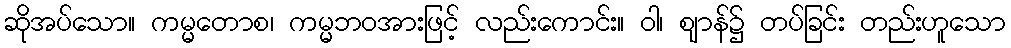
ဆိုအပ်သော။ ကမ္မတောစ၊ ကမ္မဘဝအားဖြင့် လည်းကောင်း။ ဝါ၊ ဈာန်၌ တပ်ခြင်း တည်းဟူသော